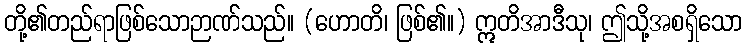
တို့၏တည်ရာဖြစ်သောဉာဏ်သည်။ (ဟောတိ၊ ဖြစ်၏။) ဣတိအာဒီသု၊ ဤသို့အစရှိသော